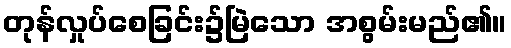
တုန်လှုပ်စေခြင်း၌မြဲသော အစွမ်းမည်၏။